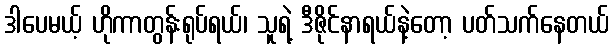
ဒါပေမယ့် ဟိုကာတွန်းရုပ်ရယ်၊ သူရဲ့ ဒီဇိုင်နာရယ်နဲ့တော့ ပတ်သက်နေတယ်